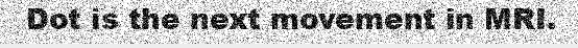
Dot is the next movement in MRI.